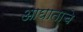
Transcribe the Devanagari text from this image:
आघाताचे